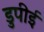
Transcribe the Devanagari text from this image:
डुपीई